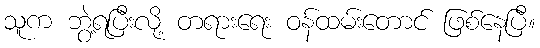
သူက ဘွဲ့ရပြီးလို့ တရားရေး ဝန်ထမ်းတောင် ဖြစ်နေပြီ။